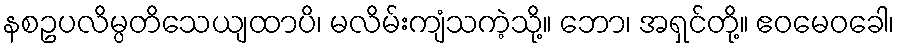
နစဥပလိမ္ပတိသေယျထာပိ၊ မလိမ်းကျံသကဲ့သို့။ ဘော၊ အရှင်တို့။ ဧဝမေဝခေါ၊